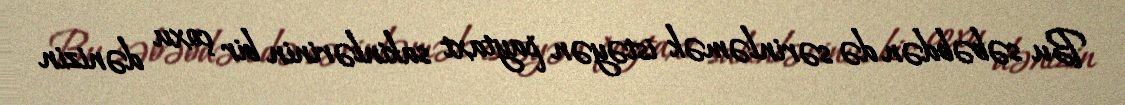
Bu səbəbdən də sərinləmək istəyən paytaxt sakinlərinin bir çoxu dənizin